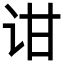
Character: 𬣠